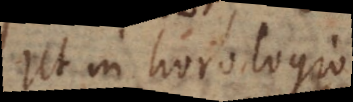
Ut in horologio,